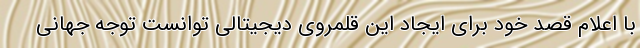
با اعلام قصد خود برای ایجاد این قلمروی دیجیتالی توانست توجه جهانی